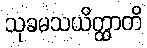
သုခမသယိတ္ထာတိ